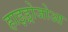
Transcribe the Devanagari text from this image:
हाइड्रोजोआ